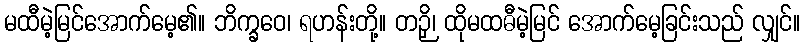
မထီမဲ့မြင်အောက်မေ့၏။ ဘိက္ခဝေ၊ ရဟန်းတို့။ တဉှိ၊ ထိုမထဓီမဲ့မြင် အောက်မေ့ခြင်းသည် လျှင်။